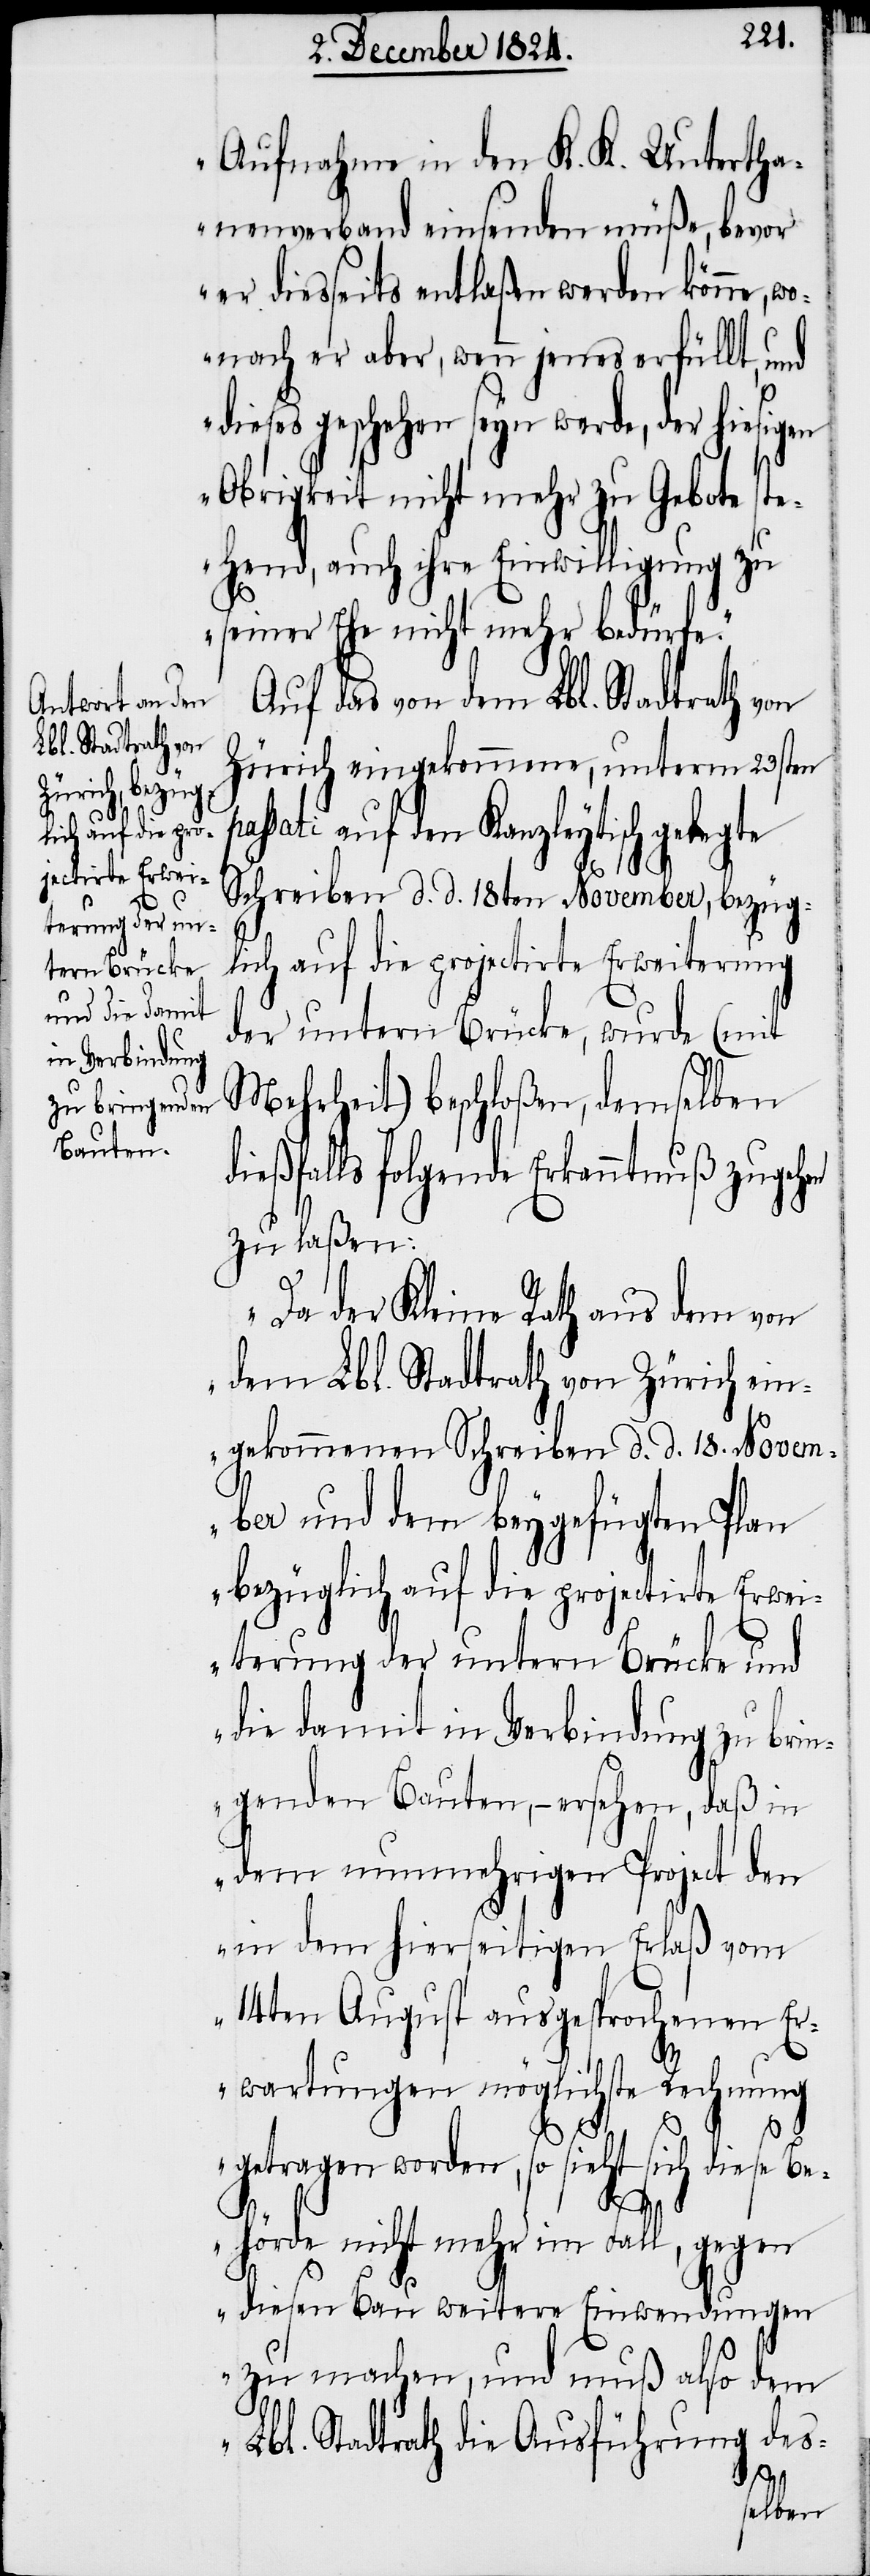
Aufnahme in den K. K. Untertha¬
nenverband einsenden müße, bevor
er diesseits entlaßen werden könne, w¬
onach er aber, wenn jenes erfüllt, und
geschehen seyn werde, der hi¬
Obrigkeit nicht mehr zu Gebote ste¬
hend, auch ihre Einwilligung zu
seiner Ehe nicht mehr bedürfe.“
Auf das von dem Lbl. Stadtrath von
Zürich eingekommene, unterm 23sten
sati auf den Kanzleytisch gelegte
Schreiben d. d. 18ten November, bezüg¬
lich auf die projectirte Erweiterung
der untern Brücke, wurde (mit
Mehrheit) beschloßen, demselben
dießfalls folgende Erkanntnuß zugehen
zu laßen:
„Da der Kleine Rath aus dem von
dem Lbl. Stadtrath von Zürich ein¬
gekommene Schreiben d. d. 18. Novem¬
ber und dem beygefügten Plan
bezüglich auf die projectirte Erwei¬
terung der untern Brücke und
die damit in Verbindung zu brin¬
genden Bauten, – ersehen, daß in
dem nunmehrigen Project den
in dem hierseitigen Erlaß vom
14ten August ausgesprochenen Er¬
wartungen möglichste Rechnung
getragen worden, so sieht sich diese Be¬
pas¬
hörde nicht mehr im Fall, gegen
diesen Bau weitere Einwendungen
zu machen, und muß also dem
Lbl. Stadtrath die Ausführung des-
esigen